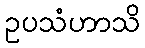
ဥပသံဟာသိ